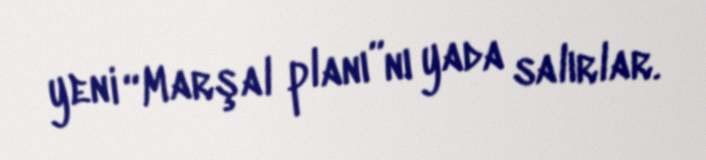
yeni “Marşal planı”nı yada salırlar.